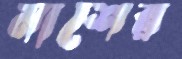
মাশের